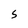
Character: 5